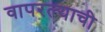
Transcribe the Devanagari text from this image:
वापरल्याची